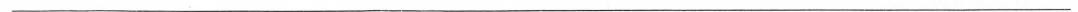
___